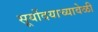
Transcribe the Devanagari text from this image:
सूर्योदयाच्यावेळी